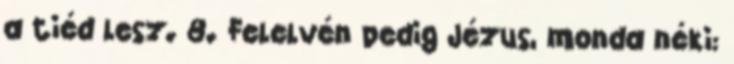
a tiéd lesz. 8. Felelvén pedig Jézus, monda néki: